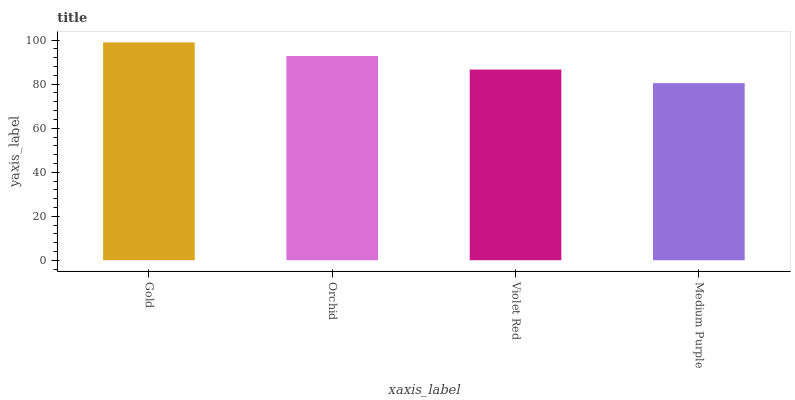
| xaxis_label | bars |
 | --- | --- |
 | Gold | 99 |
 | Orchid | 92.8 |
 | Violet Red | 86.7 |
 | Medium Purple | 80.5 |